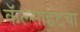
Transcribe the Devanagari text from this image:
कॅल्साइटचा